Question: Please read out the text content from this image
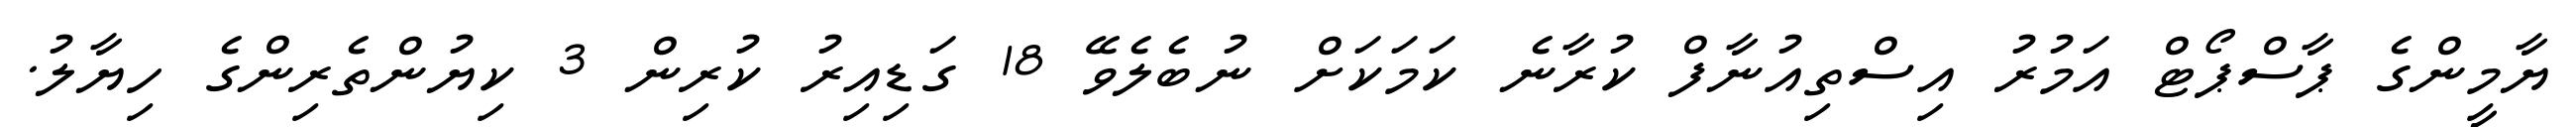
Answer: ޔާމީންގެ ޕާސްޕޯޓް އަމުރު އިސްތިއުނާފް ކުރާނެ ކަމަކަށް ނުބެލެވޭ 18 ގަޑިއިރު ކުރިން 3 ކިޔުންތެރިންގެ ހިޔާލު.